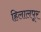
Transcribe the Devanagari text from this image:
हिलालपूर